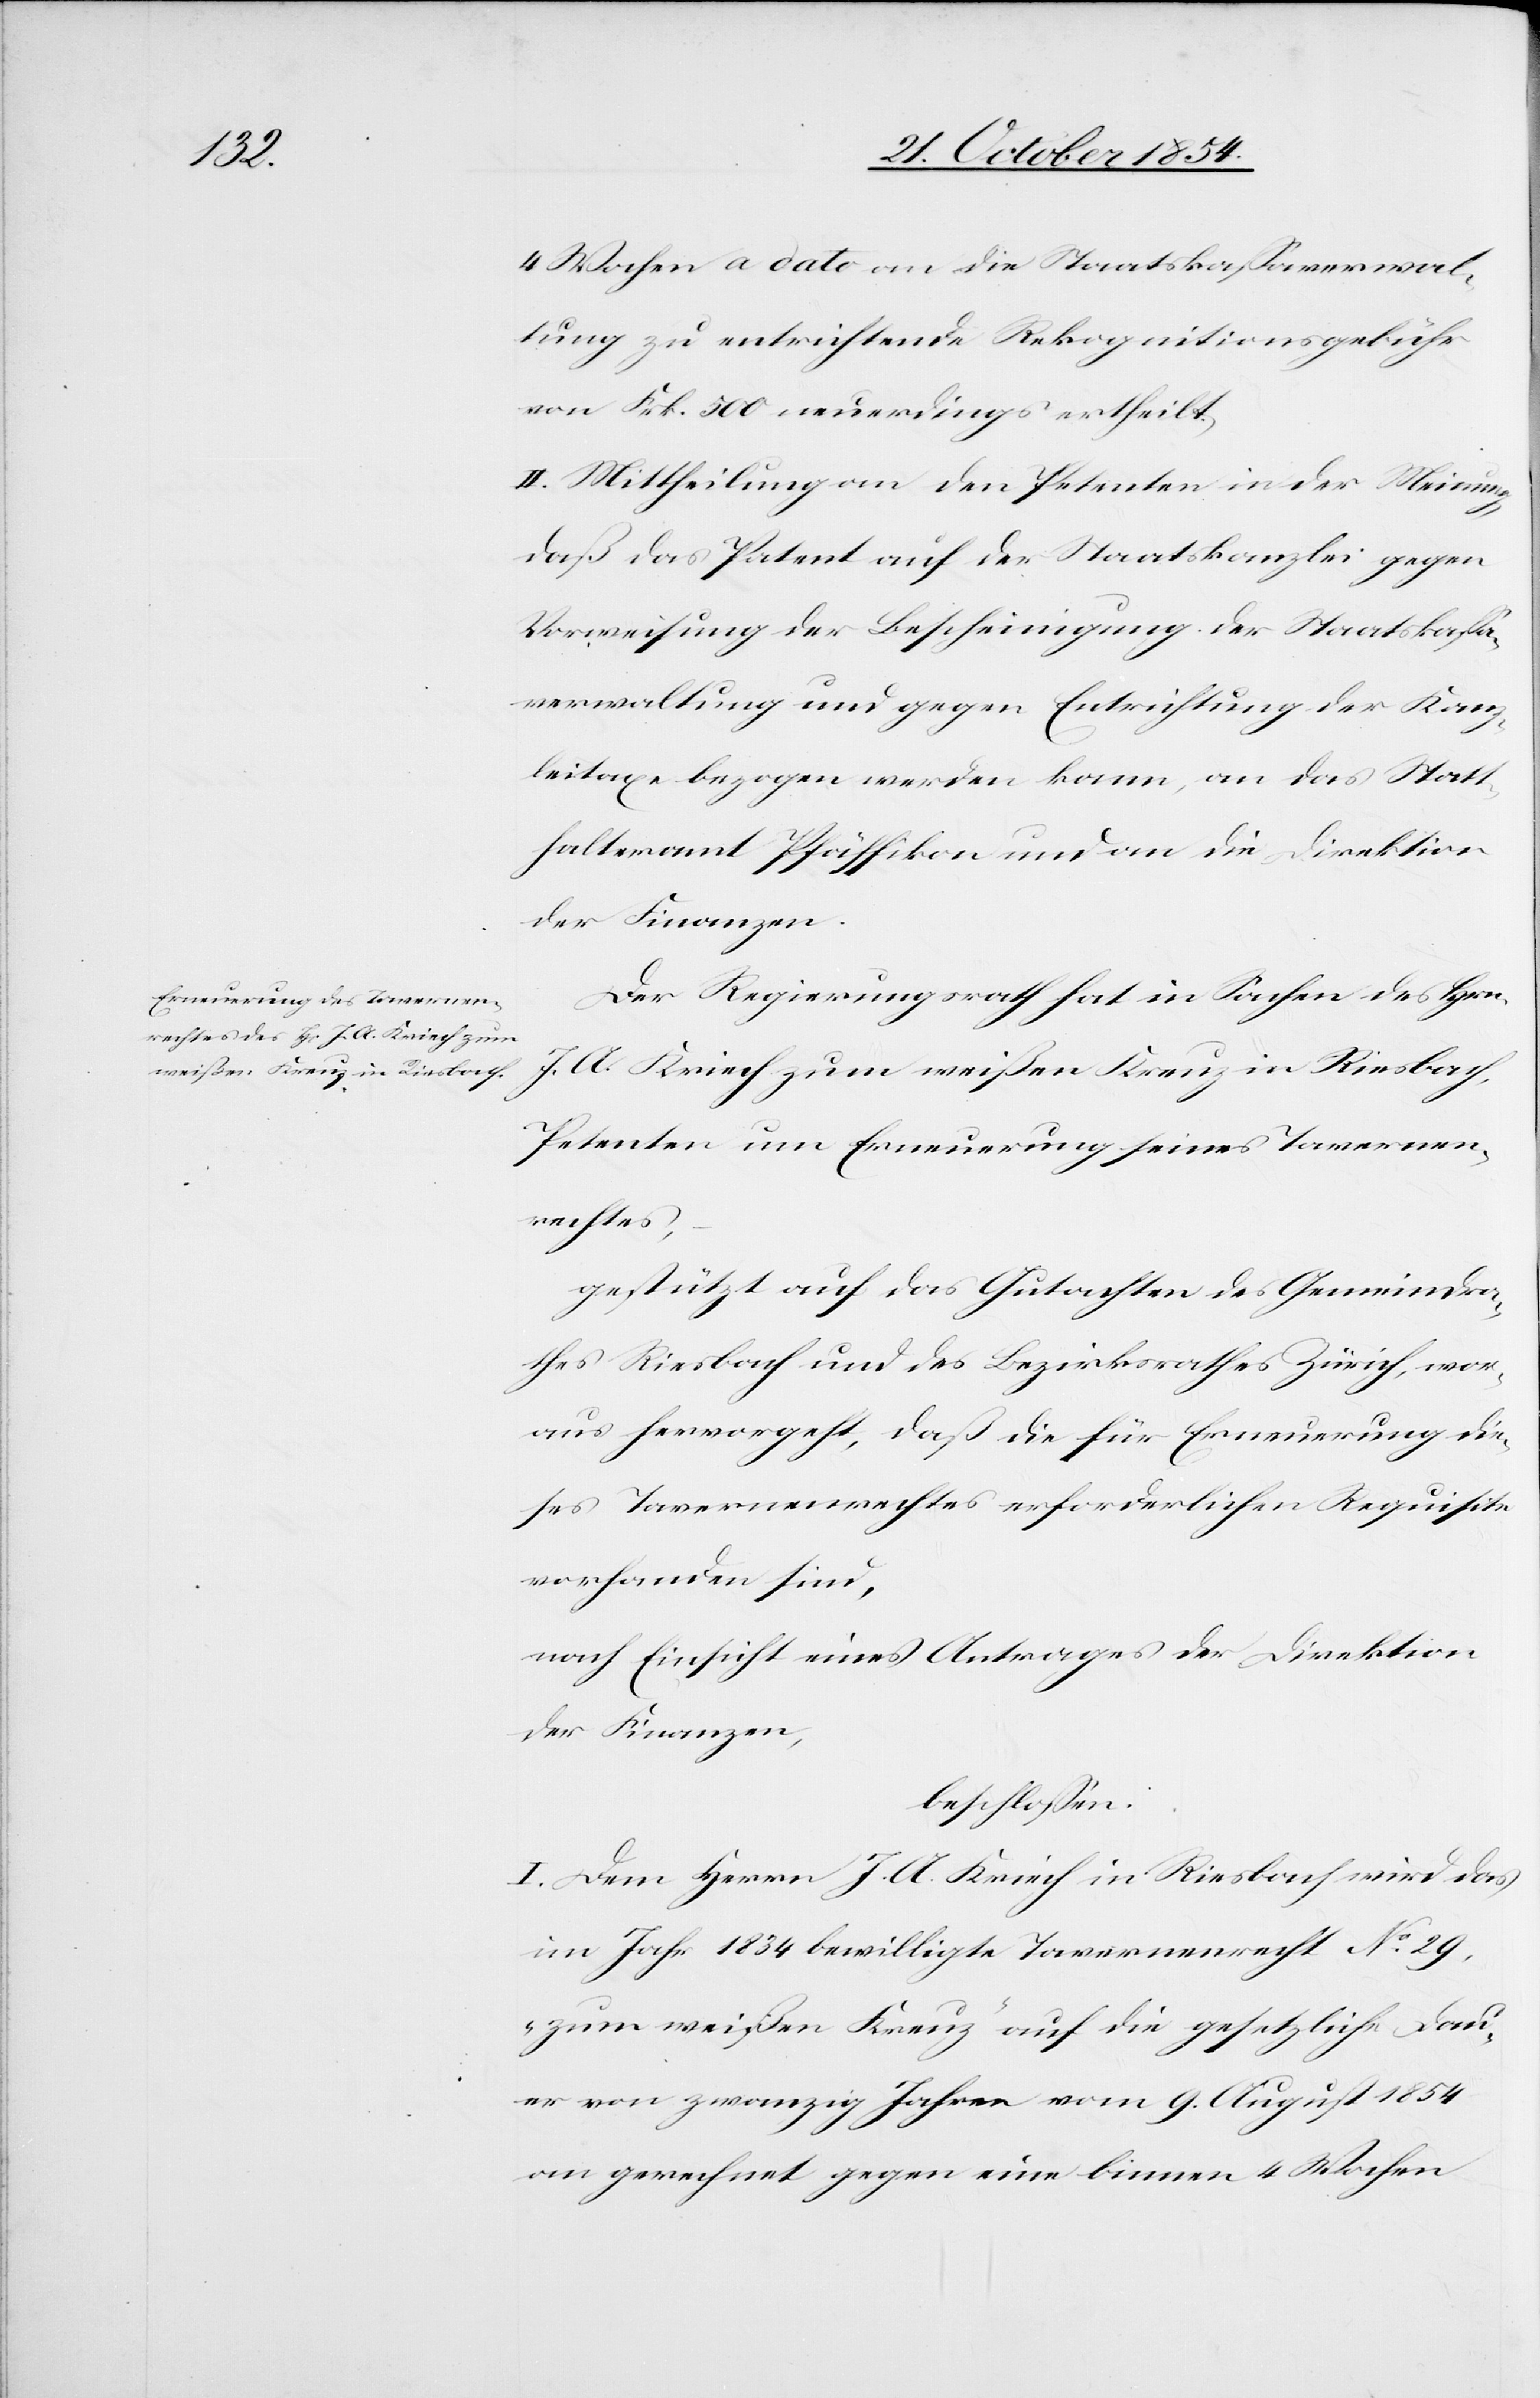
Dau¬

4 Wochen a dato an die Staatskaßaverwal¬
tung zu entrichtende Rekognitionsgebüh¬
r Frk. 500 neuerdings ertheilt.
II. Mittheilung an den Petenten in der Meinung,
daß das Patent auf der Staatskanzlei gegen
Vorweisung der Bescheinigung der Staatskaßa¬
verwaltung und gegen Entrichtung der Kanz¬
leitaxe bezogen werden kann, an das Statt¬
halteramt Pfäffikon und an die Direktion
der Finanzen.
Der Regierungsrath hat in Sachen des Hrn.
J. A. Kriech zum weißen Kreuz in Riesbach,
Petenten um Erneuerung seines Tavernen¬
rechtes,
gestützt auf das Gutachten des Gemeindra¬
thes Riesbach und des Bezirksrathes Zürich, wor¬
aus hervorgeht, daß die für Erneuerung die¬
ses Tavernenrechtes erforderlichen Requisite
vorhanden sind,
nach Einsicht eines Antrages der Direktion
der Finanzen,
beschloßen:
I. Dem Herrn J. A. Kriech in Riesbach wird das
im Jahr 1834 bewilligte Tavernenrecht auf
er von zwanzig Jahren vom 9. August 1854
an gerechnet gegen eine binnen 4 Wochen